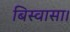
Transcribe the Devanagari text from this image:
बिस्वासा।